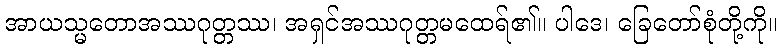
အာယသ္မတောအဿဂုတ္တဿ၊ အရှင်အဿဂုတ္တမထေရ်၏။ ပါဒေ၊ ခြေတော်စုံတို့ကို။